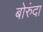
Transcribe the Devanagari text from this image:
बोरुंदा